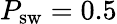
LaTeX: P_{\mathrm{sw}}=0.5